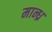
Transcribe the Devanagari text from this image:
मान्ध्र